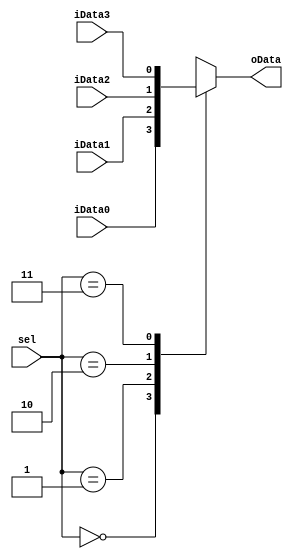
`timescale 1ns / 1ps
//////////////////////////////////////////////////////////////////////////////////
// Company: 
// Engineer: 
// 
// Design Name: 
// Module Name: MUX4
// Project Name: 
// Target Devices: 
// Tool Versions: 
// Description: 
// 
// Dependencies: 
// 
// Revision:
// Revision 0.01 - File Created
// Additional Comments:
// 
//////////////////////////////////////////////////////////////////////////////////


module MUX4#(parameter WIDTH = 1)(
    input   [WIDTH-1:0] iData0,
    input   [WIDTH-1:0] iData1,
    input   [WIDTH-1:0] iData2,
    input   [WIDTH-1:0] iData3,
    input   [1:0]       sel,
    output   reg [WIDTH-1:0] oData
    );
always@* begin
    case (sel)
        2'b00: oData <= iData0;
        2'b01: oData <= iData1;
        2'b10: oData <= iData2;
        2'b11: oData <= iData3;
    endcase
end
endmodule